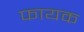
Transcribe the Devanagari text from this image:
फायक